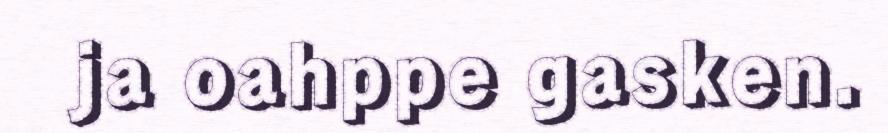
ja oahppe gasken.